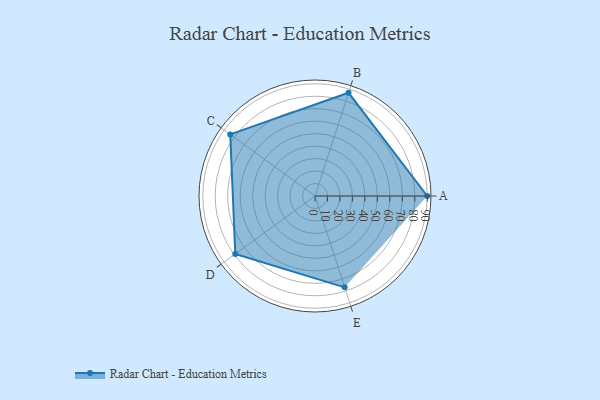
{"axis": {"x": "Skill", "y": "Score"}, "legend": ["Profile"], "data": [{"x": "A", "y": 90.0, "type": "Profile"}, {"x": "B", "y": 87.0, "type": "Profile"}, {"x": "C", "y": 84.0, "type": "Profile"}, {"x": "D", "y": 79.0, "type": "Profile"}, {"x": "E", "y": 77.0, "type": "Profile"}]}